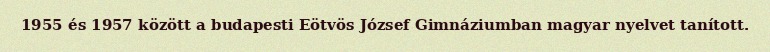
1955 és 1957 között a budapesti Eötvös József Gimnáziumban magyar nyelvet tanított.